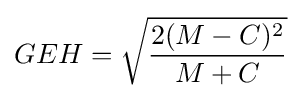
GEH={\sqrt {\frac {2(M-C)^{2}}{M+C}}}